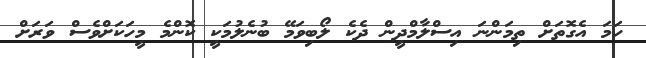
ހަމަ އެގޮތަށް ތިމަންނަ އިސްލާމްދީން ދެކެ ލޯބިވަމޭ ބުނެލުމަކީ ކޮންމެ މީހަކަށްވެސް ވަރަށް